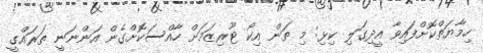
ހިމާޔަތްކޮށްފައިވާ އީދިގަލި ކިޅި: މި ތަން އިކޯ ޓޫރިޒަމަށް ހާއްސަކޮށްގެން އަންނަނީ ތަރައްގީ